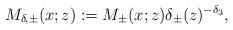
LaTeX: \begin{align*}M_{\delta,\pm }(x;z):=M_{\pm}(x; z) \delta_{\pm}(z)^{-\delta_3},\end{align*}